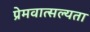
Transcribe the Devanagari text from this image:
प्रेमवात्सल्यता